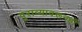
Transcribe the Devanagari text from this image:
पुराव्यावरूनही